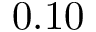
0 . 1 0